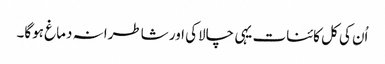
اُن کی کل کائنات یہی چالاکی اور شاطرانہ دماغ ہوگا۔